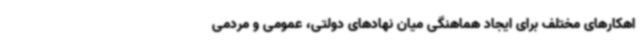
اهکارهای مختلف برای ایجاد هماهنگی میان نهادهای دولتی، عمومی و مردمی